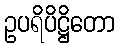
ဥပရိပိဋ္ဌိတော